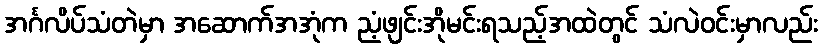
အင်္ဂလိပ်သံတဲမှာ အဆောက်အအုံက ညံ့ဖျင်းအိုမင်းရသည့်အထဲတွင် သံလဲဝင်းမှာလည်း